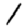
Digit: 1